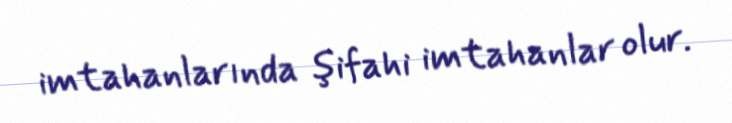
imtahanlarında şifahi imtahanlar olur.